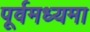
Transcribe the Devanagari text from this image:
पूर्वमध्यमा